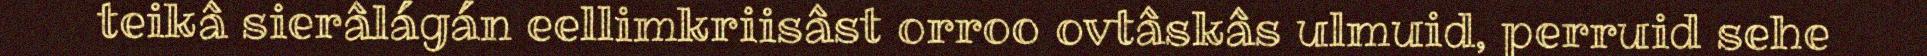
teikâ sierâlágán eellimkriisâst orroo ovtâskâs ulmuid, perruid sehe